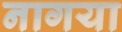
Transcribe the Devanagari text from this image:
नागया